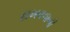
દાખવવાની